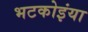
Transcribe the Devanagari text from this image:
भटकोइंया